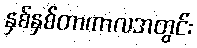
နှစ်နှစ်တာကာလအတွင်း